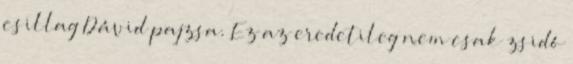
csillag Dávid pajzsa. Ez az eredetileg nem csak zsidó